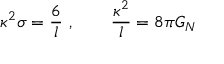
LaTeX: \kappa ^ { 2 } \sigma = { \frac { 6 } { l } } \ , \qquad { \frac { \kappa ^ { 2 } } { l } } = 8 \pi G _ { N }